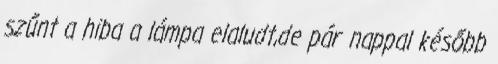
szűnt a hiba a lámpa elaludt,de pár nappal később